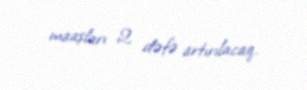
maaşları 2 dəfə artırılacaq.